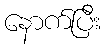
နောက်ပြီး